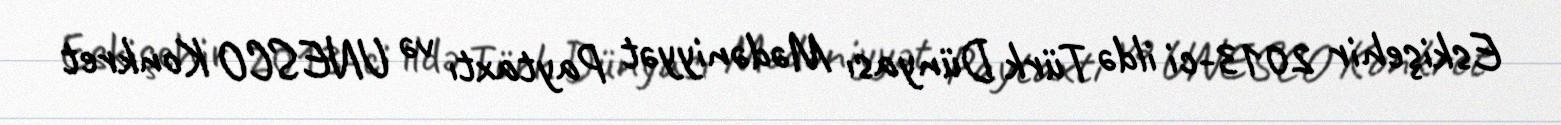
Eskişehir 2013-ci ildə Türk Dünyası Mədəniyyət Paytaxtı və UNESCO Konkret